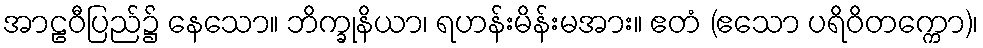
အာဠဝီပြည်၌ နေသော။ ဘိက္ခုနိယာ၊ ရဟန်းမိန်းမအား။ ဧတံ (ဧသော ပရိဝိတက္ကော)၊